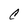
Character: C